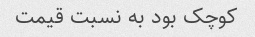
کوچک بود به نسبت قیمت